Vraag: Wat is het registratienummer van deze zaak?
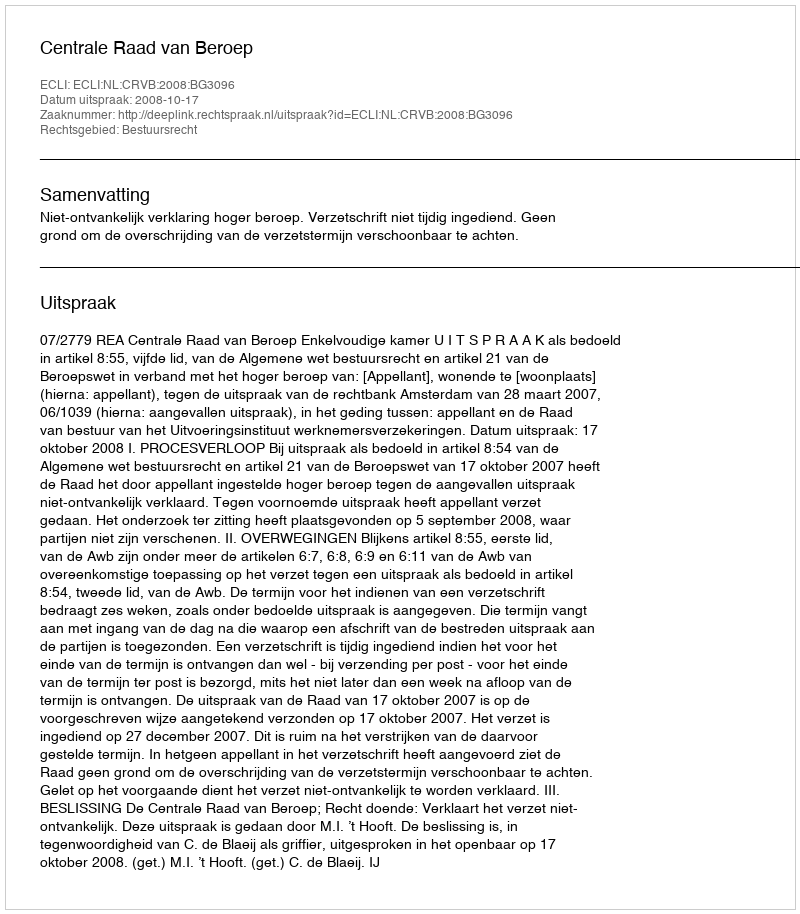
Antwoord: http://deeplink.rechtspraak.nl/uitspraak?id=ECLI:NL:CRVB:2008:BG3096